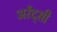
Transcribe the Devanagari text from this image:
अरेंद्सी